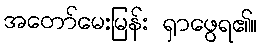
အတော်မေးမြန်း ရှာဖွေရ၏။